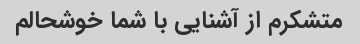
متشکرم از آشنایی با شما خوشحالم